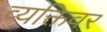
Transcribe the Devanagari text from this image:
व्यक्तिवर